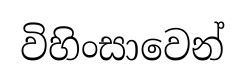
විහිංසාවෙන්